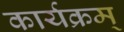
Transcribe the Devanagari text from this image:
कार्यक्रम्